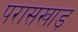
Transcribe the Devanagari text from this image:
परासखाड़